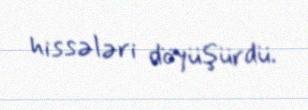
hissələri döyüşürdü.